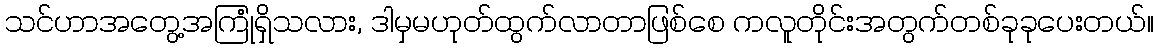
သင်ဟာအတွေ့အကြုံရှိသလား, ဒါမှမဟုတ်ထွက်လာတာဖြစ်စေ ကလူတိုင်းအတွက်တစ်ခုခုပေးတယ်။